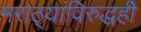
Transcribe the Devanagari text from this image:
मराठ्यांविरुद्धही